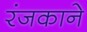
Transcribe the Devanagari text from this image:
रंजकाने